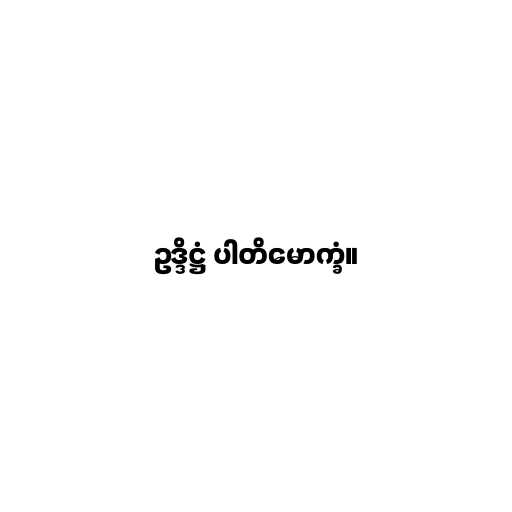
ဥဒ္ဒိဋ္ဌံ ပါတိမောက္ခံ။